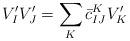
LaTeX: \begin{align*}V'_I V'_J=\sum_K \bar c_{IJ}^K V'_K\end{align*}